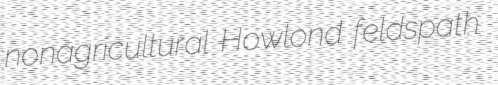
nonagricultural Howlond feldspath